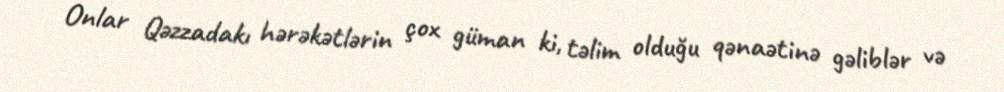
Onlar Qəzzadakı hərəkətlərin çox güman ki, təlim olduğu qənaətinə gəliblər və